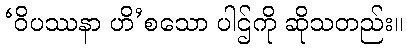
‘ဝိပဿနာ ဟိ’စသော ပါဌ်ကို ဆိုသတည်း။